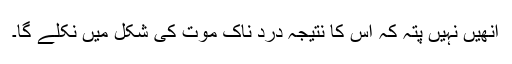
انھیں نہیں پتہ کہ اس کا نتیجہ درد ناک موت کی شکل میں نکلے گا۔